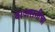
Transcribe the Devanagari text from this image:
वाजसनीचा